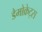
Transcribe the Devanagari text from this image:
डैमोक्रेट्स